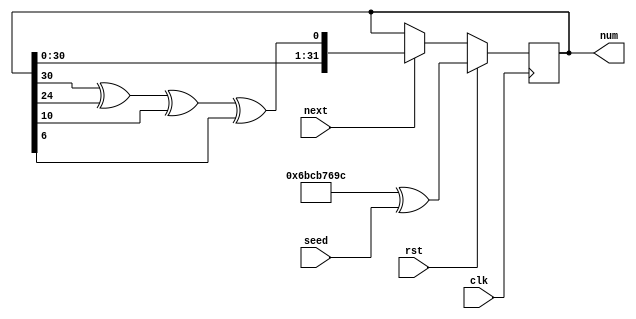
/*
 * PRNG from Alchitry SDRAM tutorial
 *
 * http://cdn.embeddedmicro.com/sdram-shield/SDRAM-example-project.zip
 */

module prng(
    input clk,
    input rst,
    input next,
    input [31:0] seed,
    output [31:0] num
    );

    localparam INIT = 32'b01101011110010110111011010011100;

    reg [31:0] pn_d, pn_q = INIT;

    assign num = pn_q;

    always @(*) begin
        if (next)
            pn_d = {pn_q[30:0], pn_q[30] ^ pn_q[24] ^ pn_q[10] ^ pn_q[6]};
        else
        pn_d = pn_q;
    end

    always @(posedge clk) begin
        if (rst)
            pn_q <= #1 INIT ^ seed;
        else
            pn_q <= #1 pn_d;
    end

endmodule